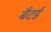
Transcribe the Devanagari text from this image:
बैटर्ड